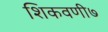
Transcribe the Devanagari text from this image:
शिकवणी७